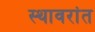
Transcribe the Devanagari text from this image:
स्थावरांत